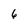
Character: 6